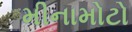
મીનામોટો